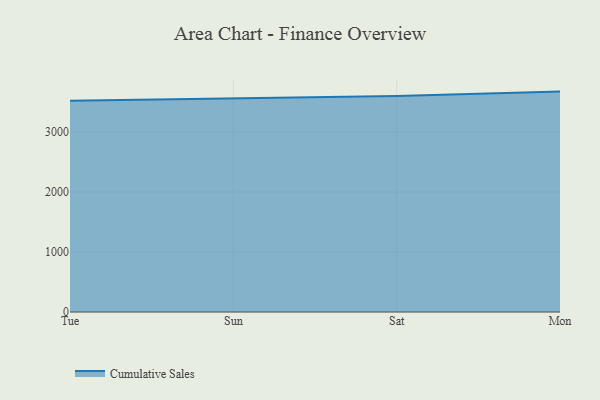
{"axis": {"x": "Day", "y": "Population (Million)"}, "legend": ["Cumulative Sales"], "data": [{"x": "Tue", "y": 3523.2, "type": "Cumulative Sales"}, {"x": "Sun", "y": 3563.1, "type": "Cumulative Sales"}, {"x": "Sat", "y": 3599.5, "type": "Cumulative Sales"}, {"x": "Mon", "y": 3674.0, "type": "Cumulative Sales"}]}